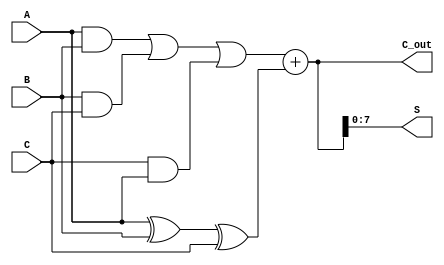
module CarrySaveAdder #(parameter n = 8) (
    input  [n-1:0] A, // First input
    input  [n-1:0] B, // Second input
    input  [n-1:0] C, // Third input
    output [n-1:0] S, // Sum output
    output [n:0] C_out // Carry output
);

// Carry Save Stage
wire [n-1:0] sum_intermediate;
wire [n-1:0] carry_intermediate;

// Calculate the sum using XOR
assign sum_intermediate = A ^ B ^ C;

// Calculate the carry using majority function
assign carry_intermediate = (A & B) | (B & C) | (C & A);

// Carry Propagation Stage
wire [n:0] carry_out; // Carry output for final addition
assign carry_out = {1'b0, carry_intermediate} + {1'b0, sum_intermediate};

// Final outputs
assign S = carry_out[n-1:0]; // Final sum
assign C_out = carry_out; // Final carry output

endmodule